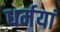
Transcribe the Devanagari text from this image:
धर्मयां